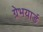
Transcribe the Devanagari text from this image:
ग्रेभयार्ड